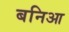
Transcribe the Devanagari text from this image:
बनिआ